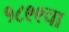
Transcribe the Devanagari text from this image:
१८९९चा